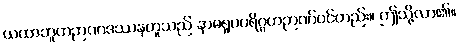
ယထာဘူတဉာဏဒဿနဟူသည် နာမရူပပရိဂ္ဂဟဉာဏ်ပင်တည်း။ ဤသို့လာ၏။